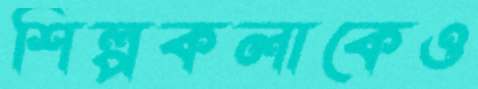
শিল্পকলাকেও